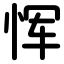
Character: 恽